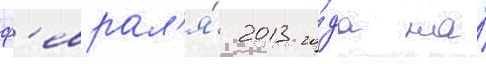
ф'еврал'я́ 2013 го́да на́